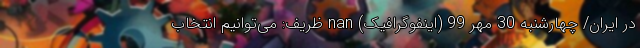
در ایران/ چهارشنبه 30 مهر 99 (اینفوگرافیک) nan ظریف: می‌توانیم انتخاب